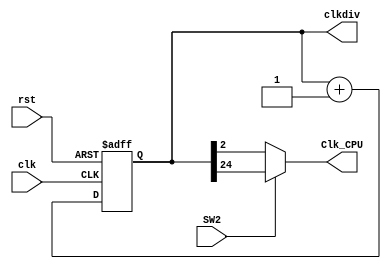
`timescale 1ns / 1ps
//////////////////////////////////////////////////////////////////////////////////
// Company: 
// Engineer: 
// 
// Design Name: 
// Module Name:    clk_div 
// Project Name: 
// Target Devices: 
// Tool versions: 
// Description: 
//
// Dependencies: 
//
// Revision: 
// Revision 0.01 - File Created
// Additional Comments: 
//
//////////////////////////////////////////////////////////////////////////////////
module clk_div(input clk,
					input rst,
					input SW2,
					output reg[31:0]clkdiv,
					output Clk_CPU
					);
					
// Clock divider-


	always @ (posedge clk or posedge rst) begin 
		if (rst) clkdiv <= 0; else clkdiv <= clkdiv + 1'b1; end
		
	assign Clk_CPU=(SW2)? clkdiv[24] : clkdiv[2];
		
endmodule